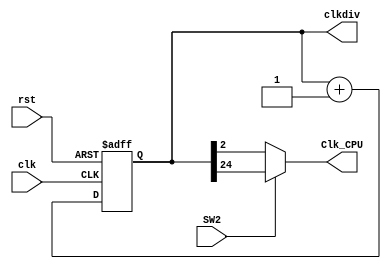
`timescale 1ns / 1ps
//////////////////////////////////////////////////////////////////////////////////
// Company: 
// Engineer: 
// 
// Design Name: 
// Module Name:    clk_div 
// Project Name: 
// Target Devices: 
// Tool versions: 
// Description: 
//
// Dependencies: 
//
// Revision: 
// Revision 0.01 - File Created
// Additional Comments: 
//
//////////////////////////////////////////////////////////////////////////////////
module clk_div(input clk,
					input rst,
					input SW2,
					output reg[31:0]clkdiv,
					output Clk_CPU
					);
					
// Clock divider-


	always @ (posedge clk or posedge rst) begin 
		if (rst) clkdiv <= 0; else clkdiv <= clkdiv + 1'b1; end
		
	assign Clk_CPU=(SW2)? clkdiv[24] : clkdiv[2];
		
endmodule